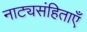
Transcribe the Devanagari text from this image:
नाट्यसंहिताएँ